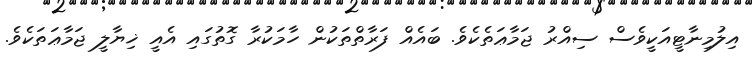
އިލުމިނާޓީއަކީވެސް ސިއްރު ޖަމާޢަތެކެވެ. ބައެއް ފަރާތްތަކުން ހާމަކުރާ ގޮތުގައި އެއީ ޚިޔާލީ ޖަމާޢަތަކެވެ.